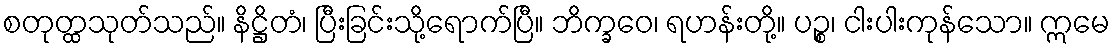
စတုတ္ထသုတ်သည်။ နိဋ္ဌိတံ၊ ပြီးခြင်းသို့ရောက်ပြီ။ ဘိက္ခဝေ၊ ရဟန်းတို့။ ပဉ္စ၊ ငါးပါးကုန်သော။ ဣမေ